Report on sanitation, dispensaries, and jails in Rajputana for 1918, and on vaccination for the year 1918-1919 - 1918-1919
Year: 1918
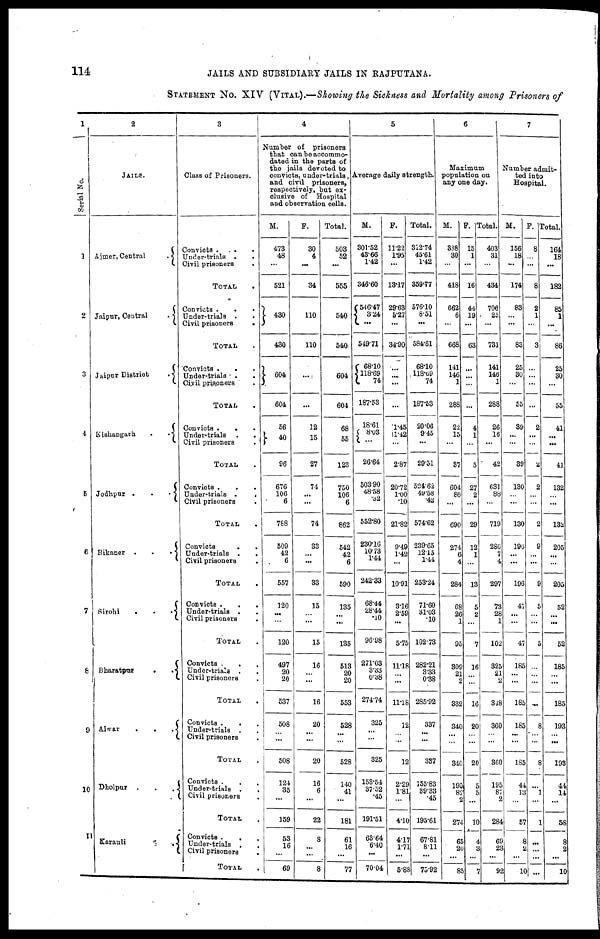
114
JAILS AND SUBSIDIARY JAILS IN RAJPUTANA.
STATEMENT No. XIV (VITAL).—Showing the Sickness and Mortality among Prisoners of
1
Serial No.
1
2
3
4
5
6
7
8
9
10
11
2
JAILS.
Ajmer, Central
.
Jaipur, Central
.
Jaipur District
.
Kishangarh
.
.
Jodhpur .
.
.
Bikaner
.
.
.
Sirohi
.
.
.
Bharatpur
.
.
Alwar
.
.
.
Dholpur
.
.
.
Karauli
.
3
Class of Prisoners.
Convicts . . .
Under-trials .
.
Civil prisoners .
TOTAL .
Convicts . . .
Under-trials . .
Civil prisoners
.
TOTAL .
Convicts .
. .
Under-trials .
Civil prisoners .
TOTAL .
Convicts .
.
.
Under-trials
.
.
Civil prisoners .
TOTAL
Convicts .
.
.
Under-trials .
.
Civil prisoners .
TOTAL .
Convicts
.
.
Under-trials .
.
Civil prisoners .
TOTAL .
Convicts .
.
.
Under-trials . .
Civil prisoners
.
TOTAL .
Convicts .
. .
Under-trials . .
Civil prisoners .
TOTAL .
Convicts .
. .
Under-trials . .
Civil prisoners .
TOTAL .
Convicts .
.
.
Under-trials .
.
Civil prisoners
.
TOTAL .
Convicts .
.
.
Under-trials . .
Civil prisoners
.
TOTAL .
4
Number of prisoners
that can be accommo-
dated in the parts of
the jails devoted to
convicts, under-trials,
and civil prisoners,
respectively, but ex¬
clusive of Hospital
and observation cells.
M.
473
48
...
521
430
430
604
604
56
40
96
676
106
6
788
509
42
6
557
120
...
...
120
497
20
20
537
508
...
...
508
124
35
...
159
53
16
...
69
F.
30
4
...
34
110
110
...
...
12
15
27
74
...
...
74
33
... ...
33
15
... ...
12
16
... ...
16
20
...
...
20
16
6
...
22
8
...
...
8
Total.
503
52
...
555
540
540
604
604
68
55
123
750
106
6
862
542
42
6
590
135
... ...
135
513
20
20
553
528
...
...
528
140
41
...
181
61
16
...
77
5
Average daily strength.
M.
301.52
43.66
1.42
346.60
546.47
3.24
...
549.71
68.10
118.69
74
187.53
18.61
8.03
...
26.64
503.90
48.58
.32
552.80
230.16
10.73
1.44
242.33
68.44
28.44
.10
96.98
271.03
20 0.38
274.74
325
...
...
325
153.54
37.52
.45
191.51
63.64
6.40
...
70.04
F.
11.22
1.95
...
13.17
29.63
5.27
...
34.90
...
...
...
...
1.45
1.42
...
2.87
20.72
1.00
.10
21.82
9.49
...
...
10.91
3.16
2.59
...
5.75
11.18
3.33
...
11.18
12
... ...
12
2.29
1.81
...
4.10
4.17
1.71
...
5.88
Total.
312.74
45.61
1.42
359.77
576.10
8.51
...
584.61
68.10
118.69
74
187.53
20.06
9.45
...
29.51
524.62
49.58
.42
574.62
239.65
12.15
1.44
253.24
71.60
31.03
.10
102.73
282.21
3.33
0.38
285.92
337
...
...
337
155.83
39.33
.45
195.61
67.81
8.11
...
75.92
6
Maximum
population on
any one day.
M.
388
30
...
418
662
6
...
668
141
146
1
288
22
15
...
37
604
86
...
690
274
6
4
284
68
26
1
95
309
21
2
332
340
...
...
340
190
82
2
274
65
20
...
85
F.
15
1
...
16
44
19
...
63
...
...
...
...
4
1
...
5
27
2
...
29
12
1
...
13
5
2
...
7
16
...
...
16
20
...
...
20
5
13
...
10
4
3
...
7
Total.
403
31
...
434
706
25
...
731
141
146
1
288
26
16
...
42
631
88
...
719
286
7
4
297
73
28
1
102
325
21
2
348
360
...
...
360
195
87
2
284
69
23
...
92
7
Number admit-
ted into
Hospital.
M.
156
18
...
174
83
...
...
83
25
30
...
55
39
...
...
39
130
...
...
130
196
...
...
196
47
...
...
47
185
...
...
185
185
...
...
185
44
13
...
57
8
2
...
10
F.
8
...
...
8
2
1
...
3
...
...
...
...
2
...
...
2
2
...
...
2
9
...
...
9
5
...
...
5
...
...
...
..
8
...
...
8
...
1
...
1
...
...
...
...
Total.
164
18
...
182
85
1
...
86
25
30
...
55
41
...
...
41
132
...
...
132
205
...
...
205
52
...
...
52
185
... ...
185
193
...
...
193
44
14
...
58
8
2
...
10